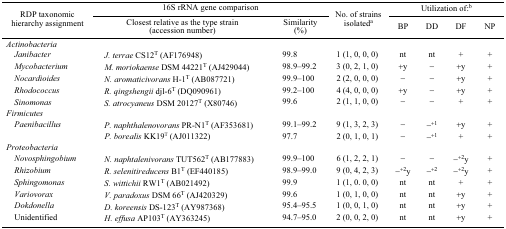
<table><thead><tr><td rowspan="3"><b>RDP taxonomic hierarchy assignment</b></td><td colspan="2"><b>16S rRNA gene comparison</b></td><td rowspan="3"><b>No. of strains isolateda</b></td><td colspan="4"><b>Utilization of:b</b></td></tr><tr><td><b>Closest relative as the type strain (accession number)</b></td><td><b>Similarity (%)</b></td><td><b>BP</b></td><td><b>DD</b></td><td><b>DF</b></td><td><b>NP</b></td></tr></thead><tbody><tr><td colspan="8"><i>Actinobacteria</i></td></tr><tr><td> <i>Janibacter</i></td><td><i>J. terrae</i> CS12<sup>T</sup> (AF176948)</td><td>99.8</td><td>1 (1, 0, 0, 0)</td><td>nt</td><td>nt</td><td>+</td><td>+</td></tr><tr><td> <i>Mycobacterium</i></td><td><i>M. moriokaense</i> DSM 44221<sup>T</sup> (AJ429044)</td><td>98.9–99.2</td><td>3 (0, 2, 1, 0)</td><td>+y</td><td>−</td><td>+y</td><td>+</td></tr><tr><td> <i>Nocardioides</i></td><td><i>N. aromaticivorans</i> H-1<sup>T</sup> (AB087721)</td><td>99.9–100</td><td>2 (2, 0, 0, 0)</td><td>−</td><td>−</td><td>+y</td><td>+</td></tr><tr><td> <i>Rhodococcus</i></td><td><i>R. qingshengii</i> djl-6<sup>T</sup> (DQ090961)</td><td>99.2–100</td><td>4 (4, 0, 0, 0)</td><td>+y</td><td>−</td><td>+y</td><td>+</td></tr><tr><td> <i>Sinomonas</i></td><td><i>S. atrocyaneus</i> DSM 20127<sup>T</sup> (X80746)</td><td>99.6</td><td>2 (1, 1, 0, 0)</td><td>−</td><td>−</td><td>+</td><td>+</td></tr><tr><td colspan="8"><i>Firmicutes</i></td></tr><tr><td> <i>Paenibacillus</i></td><td><i>P. naphthalenovorans</i> PR-N1<sup>T</sup> (AF353681)</td><td>99.1–99.2</td><td>9 (1, 3, 2, 3)</td><td>−</td><td>−<sup>+1</sup></td><td>+y</td><td>+</td></tr><tr><td></td><td><i>P. borealis</i> KK19<sup>T</sup> (AJ011322)</td><td>97.7</td><td>2 (0, 1, 0, 1)</td><td>−</td><td>−<sup>+1</sup></td><td>+</td><td>+</td></tr><tr><td colspan="8"><i>Proteobacteria</i></td></tr><tr><td> <i>Novosphingobium</i></td><td><i>N. naphtalenivorans</i> TUT562<sup>T</sup> (AB177883)</td><td>99.9–100</td><td>6 (1, 2, 2, 1)</td><td>−</td><td>−</td><td>−<sup>+2</sup>y</td><td>+</td></tr><tr><td> <i>Rhizobium</i></td><td><i>R. selenitireducens</i> B1<sup>T</sup> (EF440185)</td><td>98.9–99.0</td><td>9 (0, 4, 2, 3)</td><td>−<sup>+2</sup>y</td><td>−<sup>+2</sup></td><td>−<sup>+2</sup>y</td><td>+</td></tr><tr><td> <i>Sphingomonas</i></td><td><i>S. wittichii</i> RW1<sup>T</sup> (AB021492)</td><td>99.9</td><td>1 (1, 0. 0, 0)</td><td>nt</td><td>nt</td><td>+</td><td>+</td></tr><tr><td> <i>Variovorax</i></td><td><i>V. paradoxus</i> DSM 66<sup>T</sup> (AJ420329)</td><td>99.6</td><td>1 (0, 1, 0, 0)</td><td>nt</td><td>nt</td><td>+y</td><td>+</td></tr><tr><td> <i>Dokdonella</i></td><td><i>D. koreensis</i> DS-123<sup>T</sup> (AY987368)</td><td>95.4–95.5</td><td>1 (0, 0, 1, 0)</td><td>nt</td><td>nt</td><td>+y</td><td>+</td></tr><tr><td> Unidentified</td><td><i>H. effusa</i> AP103<sup>T</sup> (AY363245)</td><td>94.7–95.0</td><td>2 (0, 0, 2, 0)</td><td>nt</td><td>nt</td><td>+y</td><td>+</td></tr></tbody></table>